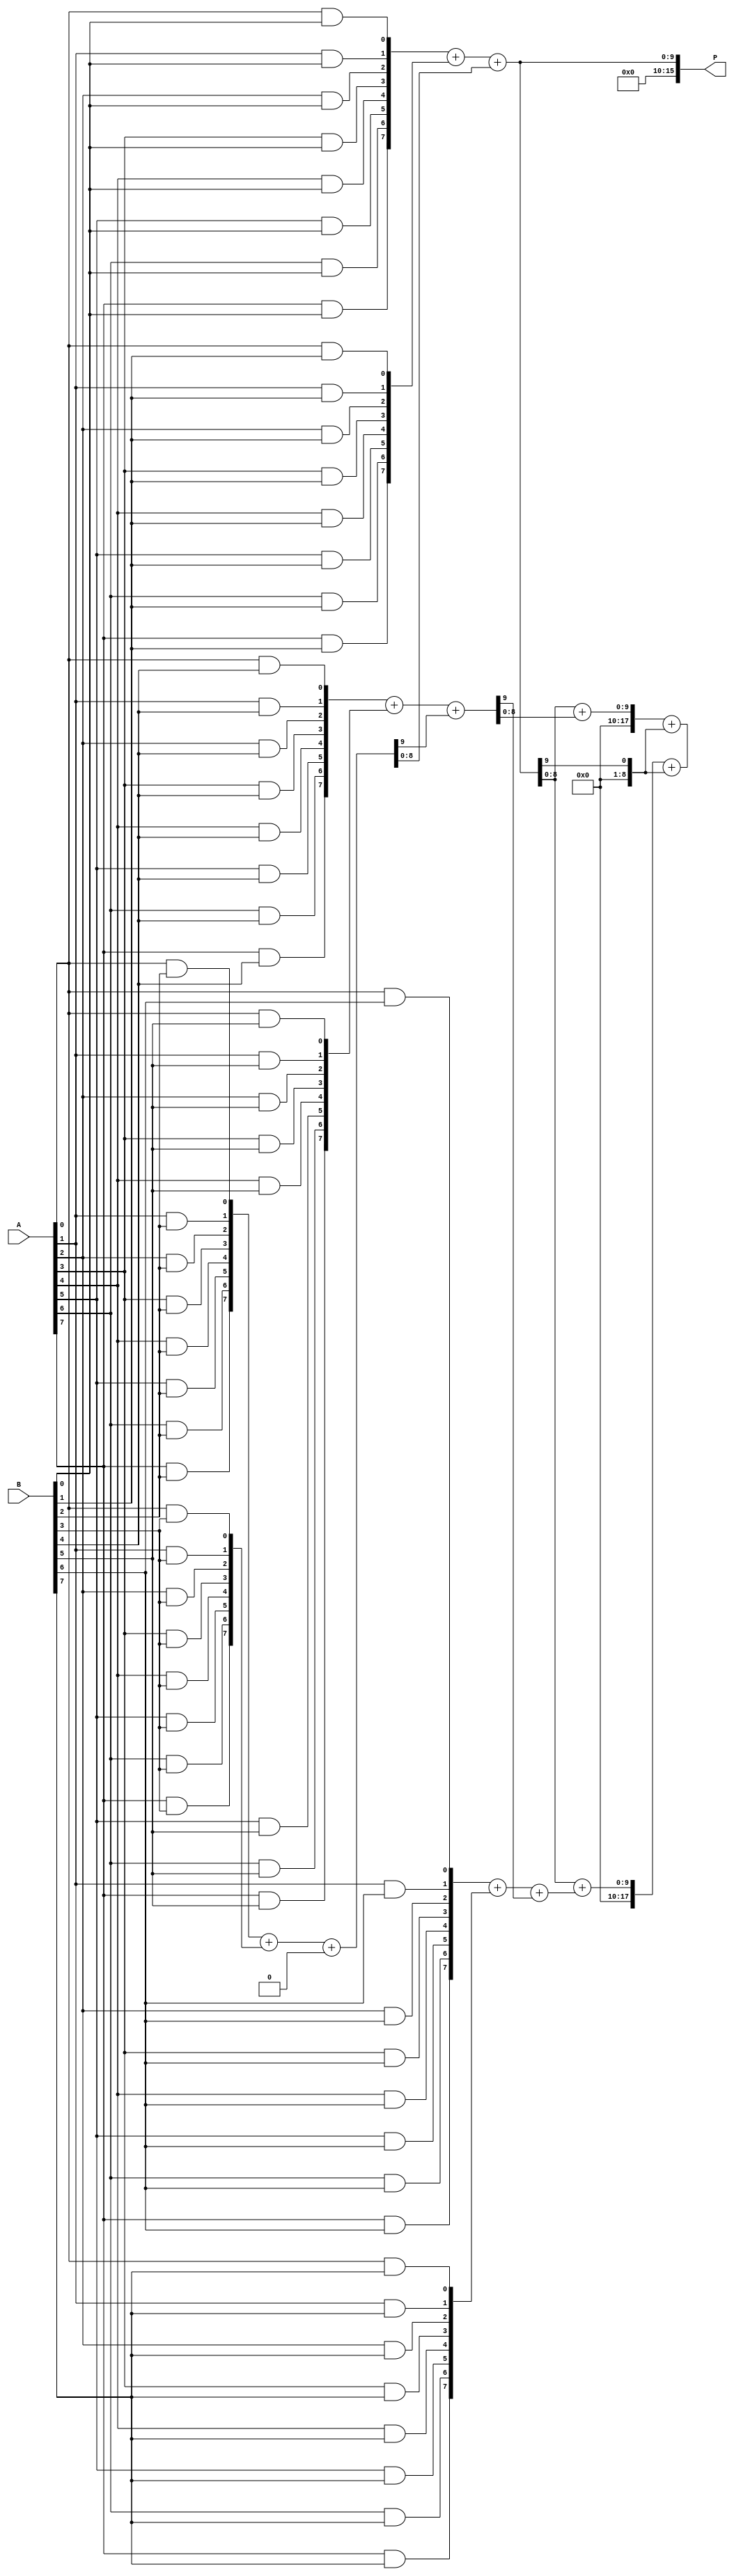
module wallace_tree_multiplier #(parameter N = 8) (
    input  wire [N-1:0] A,       // Multiplicand
    input  wire [N-1:0] B,       // Multiplier
    output wire [2*N-1:0] P      // Product
);

// Partial Products Generation
wire [N-1:0] pp[N-1:0];  // Partial Products
genvar i, j;

generate
    for (i = 0; i < N; i = i + 1) begin : partial_products
        for (j = 0; j < N; j = j + 1) begin : and_gate
            assign pp[i][j] = A[j] & B[i]; // AND gate for each bit
        end
    end
endgenerate

// Reduction Tree Structure
wire [N:0] sum[N/2:0];          // sum wires for reduction stages
wire [N:0] carry[N/2:0];        // carry wires for reduction stages

// Stage 1 Reduction (HA and FA for first stage)
generate
    for (i = 0; i < N/2; i = i + 1) begin : stage1_reduction
        if (i == 0) begin
            assign {carry[i], sum[i]} = pp[2*i] + pp[2*i + 1]; // Full Adder for first two
        end else begin
            assign {carry[i], sum[i]} = pp[2*i] + pp[2*i + 1] + carry[i-1]; // Full Adder with carry
        end
    end
    
    if (N % 2 != 0) begin
        assign sum[N/2] = pp[N-1]; // Last odd element if N is odd
    end
endgenerate

// Stage 2 Reduction (continue reducing until one sum is left)
wire [N:0] final_sum; // Final sum output
wire [N:0] final_carry; // Final carry output

assign {final_carry, final_sum} = sum[0] + sum[1]; // Combine all
for (i = 2; i < (N/2); i = i + 1) begin
    assign {final_carry, final_sum} = final_sum + sum[i] + final_carry; // Final addition
end

// Output Generation
assign P = {final_carry, final_sum}; // Final product assignment

endmodule